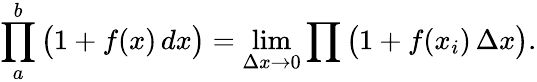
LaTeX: \prod_{a}^{b}{\big(}1+f(x)\, dx{\big)}=\operatorname*{lim}_{\Delta x\to 0}\prod{\big(}1+f(x_{i})\, \Delta x{\big)}.